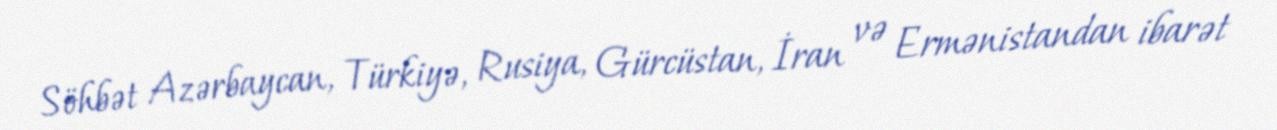
Söhbət Azərbaycan, Türkiyə, Rusiya, Gürcüstan, İran və Ermənistandan ibarət